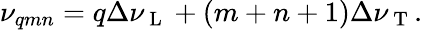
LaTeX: \nu_{qmn}=q\Delta\nu_{\mathrm{~L~}}+(m+n+1)\Delta\nu_{\mathrm{~T~}}.